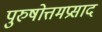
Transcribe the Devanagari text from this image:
पुरुषोत्तमप्रसाद